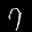
Label: 7